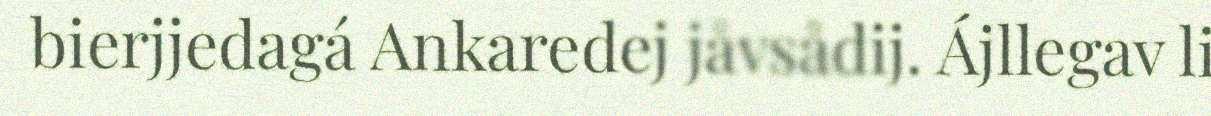
bierjjedagá Ankaredej jåvsådij. Ájllegav li